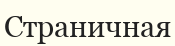
Страничная